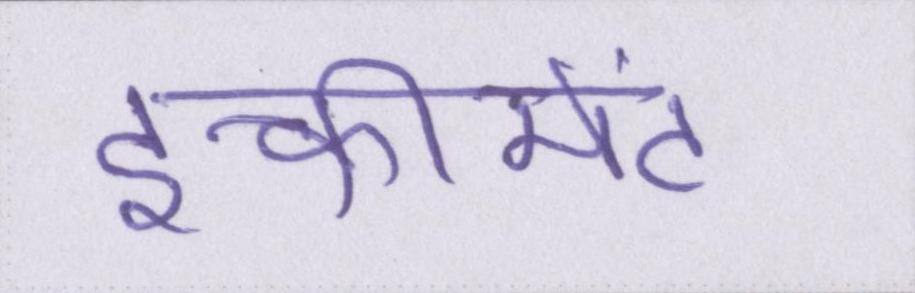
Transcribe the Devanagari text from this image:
इन्क्रीमेंट